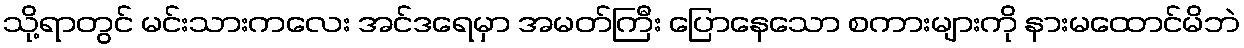
သို့ရာတွင် မင်းသားကလေး အင်ဒရေမှာ အမတ်ကြီး ပြောနေသော စကားများကို နားမထောင်မိဘဲ